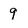
Character: 9